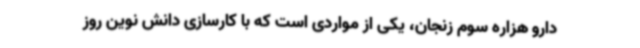
دارو هزاره سوم زنجان، یکی از مواردی است که با کارسازی دانش نوین روز